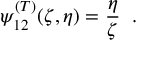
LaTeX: \psi _ { 1 2 } ^ { ( T ) } ( \zeta , \eta ) = \frac { \eta } { \zeta } \; \; .